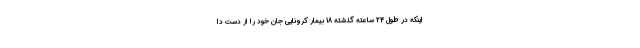
اینکه در طول 24 ساعته گذشته 18 بیمار کرونایی جان خود را از دست دا